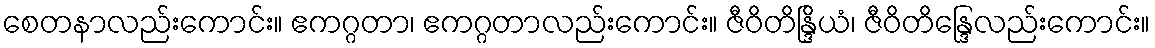
စေတနာလည်းကောင်း။ ဧကဂ္ဂတာ၊ ဧကဂ္ဂတာလည်းကောင်း။ ဇီဝိတိန္ဒြိယံ၊ ဇီဝိတိန္ဒြေလည်းကောင်း။